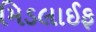
મિડલાઈફ